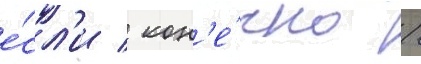
е́сл'и / кон'е́чно /